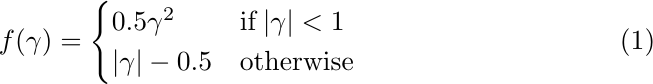
\begin{equation}
\setlength\abovedisplayskip{0.1pt}%shrink space
\setlength\belowdisplayskip{0.1pt}
  f(\gamma)=
  \begin{cases}
      0.5\gamma^2 & {\rm if  \left| \gamma \right| < 1}\\
      \left| \gamma \right|-0.5& {\rm otherwise}
  \end{cases}
  \label{eq:f}
  \end{equation}